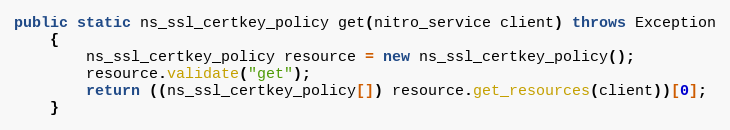
Language: Java
public static ns_ssl_certkey_policy get(nitro_service client) throws Exception
	{
		ns_ssl_certkey_policy resource = new ns_ssl_certkey_policy();
		resource.validate("get");
		return ((ns_ssl_certkey_policy[]) resource.get_resources(client))[0];
	}